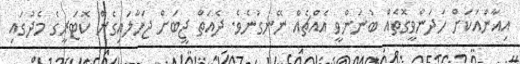
އިއާންއަކަށް ހަދަންވީގޮތެއް ބުނަންވީ އެއްޗެއް ނޭނގުނެވެ. ދެއަތް ޖީބަށް ޖަހާލައިގެން ކޮޓަރީގެ މެދުގައި